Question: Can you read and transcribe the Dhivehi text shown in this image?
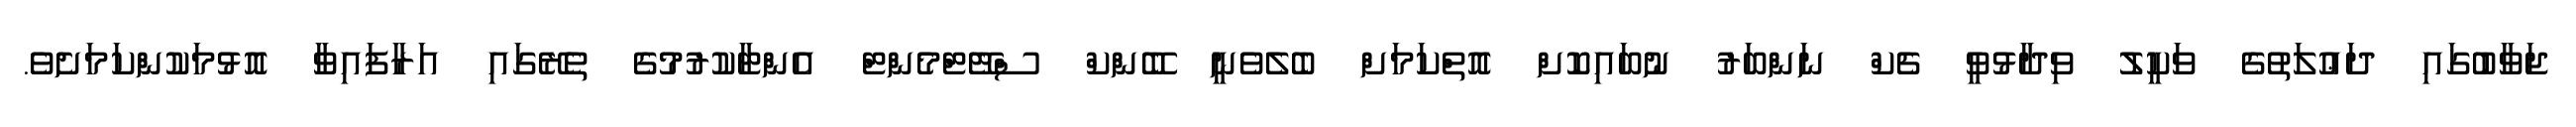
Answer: ޖަވާބުގައި ދަޢުލަތުގެ ވަކީލު ވިދާޅުވީ ޗެކް ނަންބަރު ނުބައިކޮށް އޮތްކަމަށް ބެލެވެނީ ބޭންކް ސްޓޭޓްމެންޓް އެންޓާކުރުމުގެ ތެރޭގައި އަރާފައިވާ އޮޅުމަކުންކަމަށެވެ.